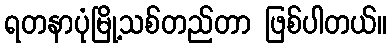
ရတနာပုံမြို့သစ်တည်တာ ဖြစ်ပါတယ်။